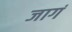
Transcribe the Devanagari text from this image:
जागं